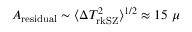
A _ { \mathrm { r e s i d u a l } } \sim \langle \Delta T _ { \mathrm { r k S Z } } ^ { 2 } \rangle ^ { 1 / 2 } \approx 1 5 ~ \mu